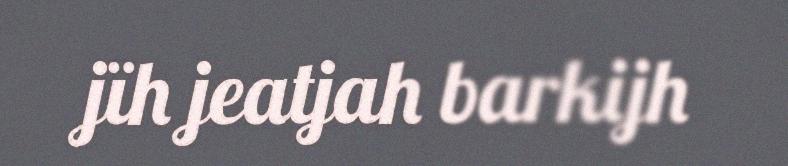
jïh jeatjah barkijh